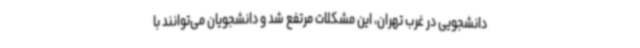
دانشجویی در غرب تهران، این مشکلات مرتفع شد و دانشجویان می‌توانند با